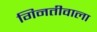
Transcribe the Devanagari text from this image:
गिनतीवाला